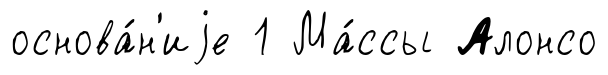
основа́н'иjе 1 Ма́ссы Алонсо